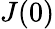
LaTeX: J(0)